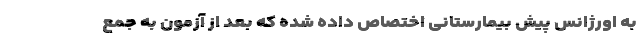
به اورژانس پیش بیمارستانی اختصاص داده شده که بعد از آزمون به جمع